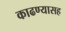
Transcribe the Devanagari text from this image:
काढण्यासह